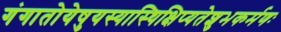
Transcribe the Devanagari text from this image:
गंगातोयेषुयस्यास्थिक्षिप्यतेशुभकर्मणः